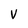
Character: V